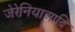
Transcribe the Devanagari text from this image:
जेरेनियाआदि